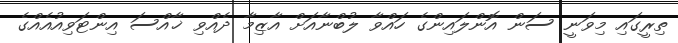
ތިރީގައި މިވަނީ ސަން އޮންލައިންގެ ހައްވާ ލުބްނާއަށް އާޒިމާ ދެއްވި ޚާއްސަ އިންޓަވިއުއެއްގެ